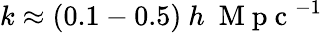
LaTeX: k\approx(0.1-0.5)\ h\ \mathrm{~M~p~c~}^{-1}